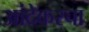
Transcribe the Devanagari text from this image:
आंदेकरचा